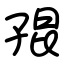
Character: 𡥵